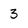
Character: 3